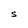
Character: S